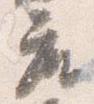
座